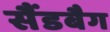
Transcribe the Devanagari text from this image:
सैंडबैग